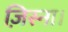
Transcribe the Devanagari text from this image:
ज़िस्ना।